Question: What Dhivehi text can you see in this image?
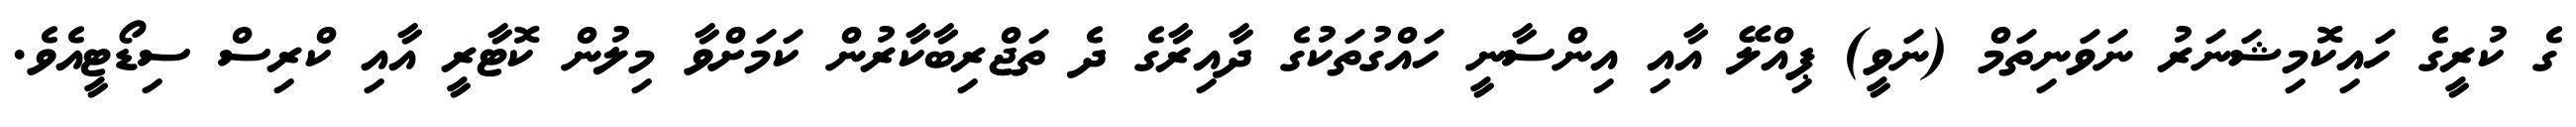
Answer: ގެ ކުރީގެ ހައިކޮމިޝަނަރު ނަވަނިތަމް (ނަވީ) ޕިއްލޭ އާއި އިންސާނީ ހައްގުތަކުގެ ދާއިރާގެ ދެ ތަޖްރިބާކާރުން ކަމަށްވާ މިލުން ކޮޓާރީ އާއި ކްރިސް ސިޑޯޓީއެވެ.